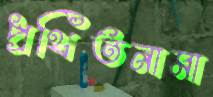
প্রথিতনামা